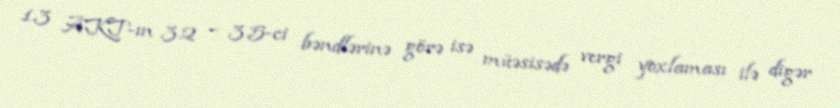
1.3 AKT-ın 3.2 – 3.5-ci bəndlərinə görə isə müəsisədə vergi yoxlaması ilə digər